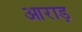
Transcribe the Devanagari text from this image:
आराड़